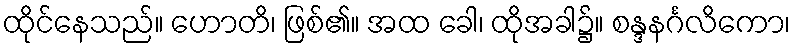
ထိုင်နေသည်။ ဟောတိ၊ ဖြစ်၏။ အထ ခေါ၊ ထိုအခါ၌။ စန္ဒနင်္ဂလိကော၊